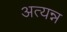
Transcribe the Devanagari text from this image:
अत्यन्न